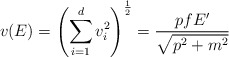
\begin{align*} v(E) = \left( \sum_{i = 1}^d v_i^2 \right)^{\frac{1}{2}} = \frac{p f E'}{\sqrt{p^2 + m^2}}\end{align*}